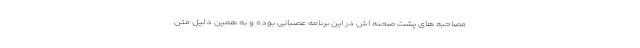
مصاحبه های پشت صحنه اش در این برنامه عصبانی بوده و به همین دلیل متن